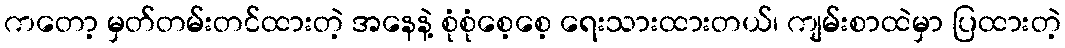
ကတော့ မှတ်တမ်းတင်ထားတဲ့ အနေနဲ့ စုံစုံစေ့စေ့ ရေးသားထားတယ်၊ ကျမ်းစာထဲမှာ ပြထားတဲ့